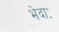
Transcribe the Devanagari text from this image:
भेदाः